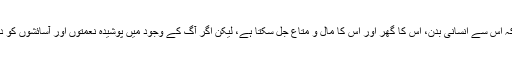
مثلاً اگر آگ کا وجود فرض کریں تو اس میں ایک جھت آفت اور مصیبت کی ہے کہ اس سے انسانی بدن، اس کا گھر اور اس کا مال و متاع جل سکتا ہے، لیکن اگر آگ کے وجود میں پوشیدہ نعمتوں اور آسائشوں کو دیکھا جائے تو شاید یہ کہنا درست ہو کہ ہم آگ کے بغیر زندگی نہیں گزار سکتے۔